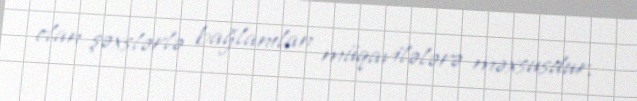
olan şəxslərlə bağlanılan müqavilələrə məxsusdur.